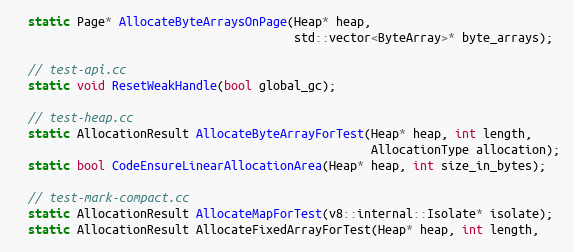
Language: C
  static Page* AllocateByteArraysOnPage(Heap* heap,
                                        std::vector<ByteArray>* byte_arrays);

  // test-api.cc
  static void ResetWeakHandle(bool global_gc);

  // test-heap.cc
  static AllocationResult AllocateByteArrayForTest(Heap* heap, int length,
                                                   AllocationType allocation);
  static bool CodeEnsureLinearAllocationArea(Heap* heap, int size_in_bytes);

  // test-mark-compact.cc
  static AllocationResult AllocateMapForTest(v8::internal::Isolate* isolate);
  static AllocationResult AllocateFixedArrayForTest(Heap* heap, int length,